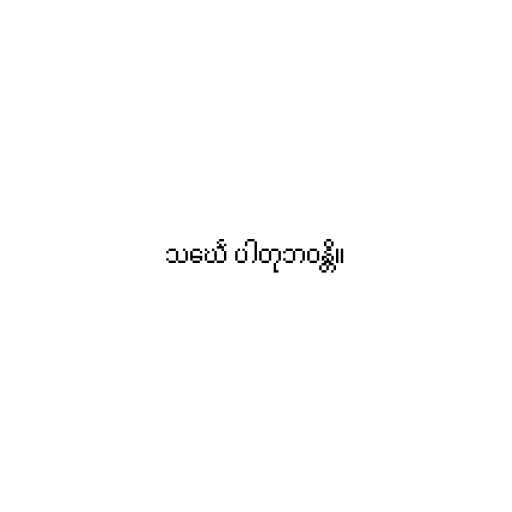
သင်္ဃေ ပါတုဘဝန္တိ။